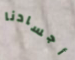
أجسادنا